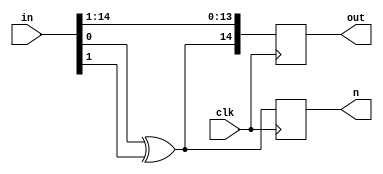
module shift_xor( clk,in,out,n);
input clk;
input wire [14:0]in;
output reg  [14:0]out;
output reg n;
always @(posedge clk)
begin 
n=in[0]^in[1];
out={n,in[14:1]};
end
endmodule